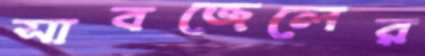
সাবজেলের